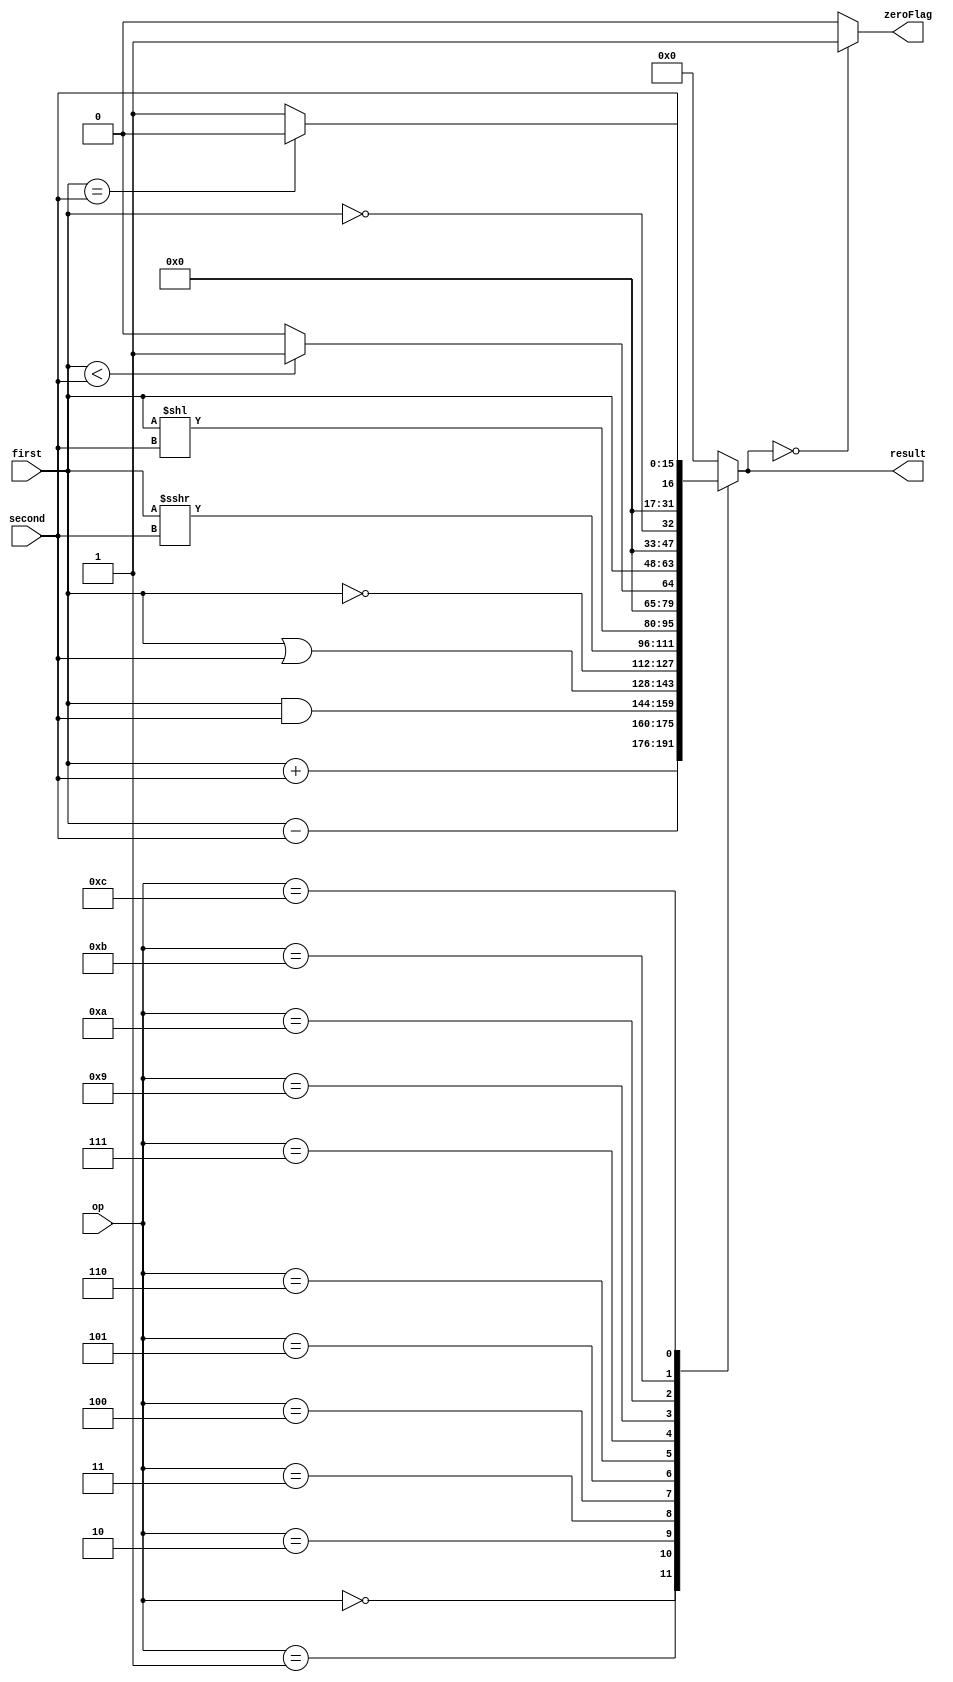
`timescale 1ns / 1ns


module ALU(
    input [15:0] first,
    input [15:0] second,
    input [3:0] op,
    output reg [15:0] result,
    output zeroFlag
    );

assign zeroFlag = (result[15:0] == 16'b0)? 1'b1: 1'b0;

always @(first or second or op)
begin
    case(op)

    4'b0000:
    begin
    	result = first + second;
    end 

    4'b0001:
    begin
        result = first - second;
    end 

    4'b0010:
    begin
        result = first & second;
    end 

    4'b0011:
    begin
        result = first | second;
    end 

    4'b0100:
    begin
        result = ~first;
    end 

    4'b0101:
    begin
        result = first >>> second;
    end

    4'b0110:
    begin
        result = first << second;
    end

    4'b0111:
    begin
        if(first < second) result = 16'b1;
        else result = 16'b0; 
    end

    4'b1000:
    begin
        result = 16'b0;
    end 

    4'b1001:
    begin
        result = first;
    end 

    4'b1010:
    begin
        result = !first;
    end 

    4'b1011:
    begin
        if(first == second) result = 16'b0;
        else result = 16'b1;
    end 

    4'b1100:
    begin
        result = second;
    end 
	 
	 default:
	     result = 16'b0;
    endcase

end
	
endmodule